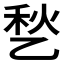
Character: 𱎊